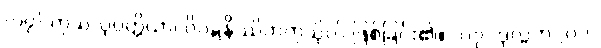
{၀၇} ကုသလုပ္ပတ္တိယာ၊ ဝိဝဋ္ဋနိဿိတကုသိုလ် ဖြစ်ခြင်း၏။ [၀၇] ဒုလ္လဘ [၀၁]